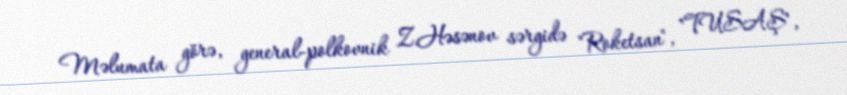
Məlumata görə, general-polkovnik Z.Həsənov sərgidə "Roketsan", "TUSAŞ",